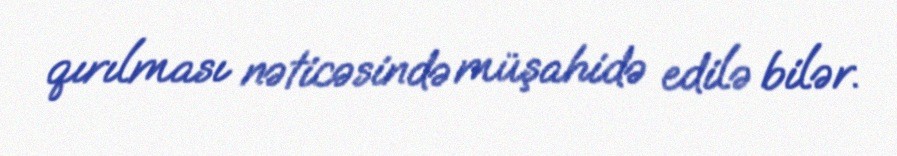
qırılması nəticəsində müşahidə edilə bilər.